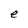
Character: e